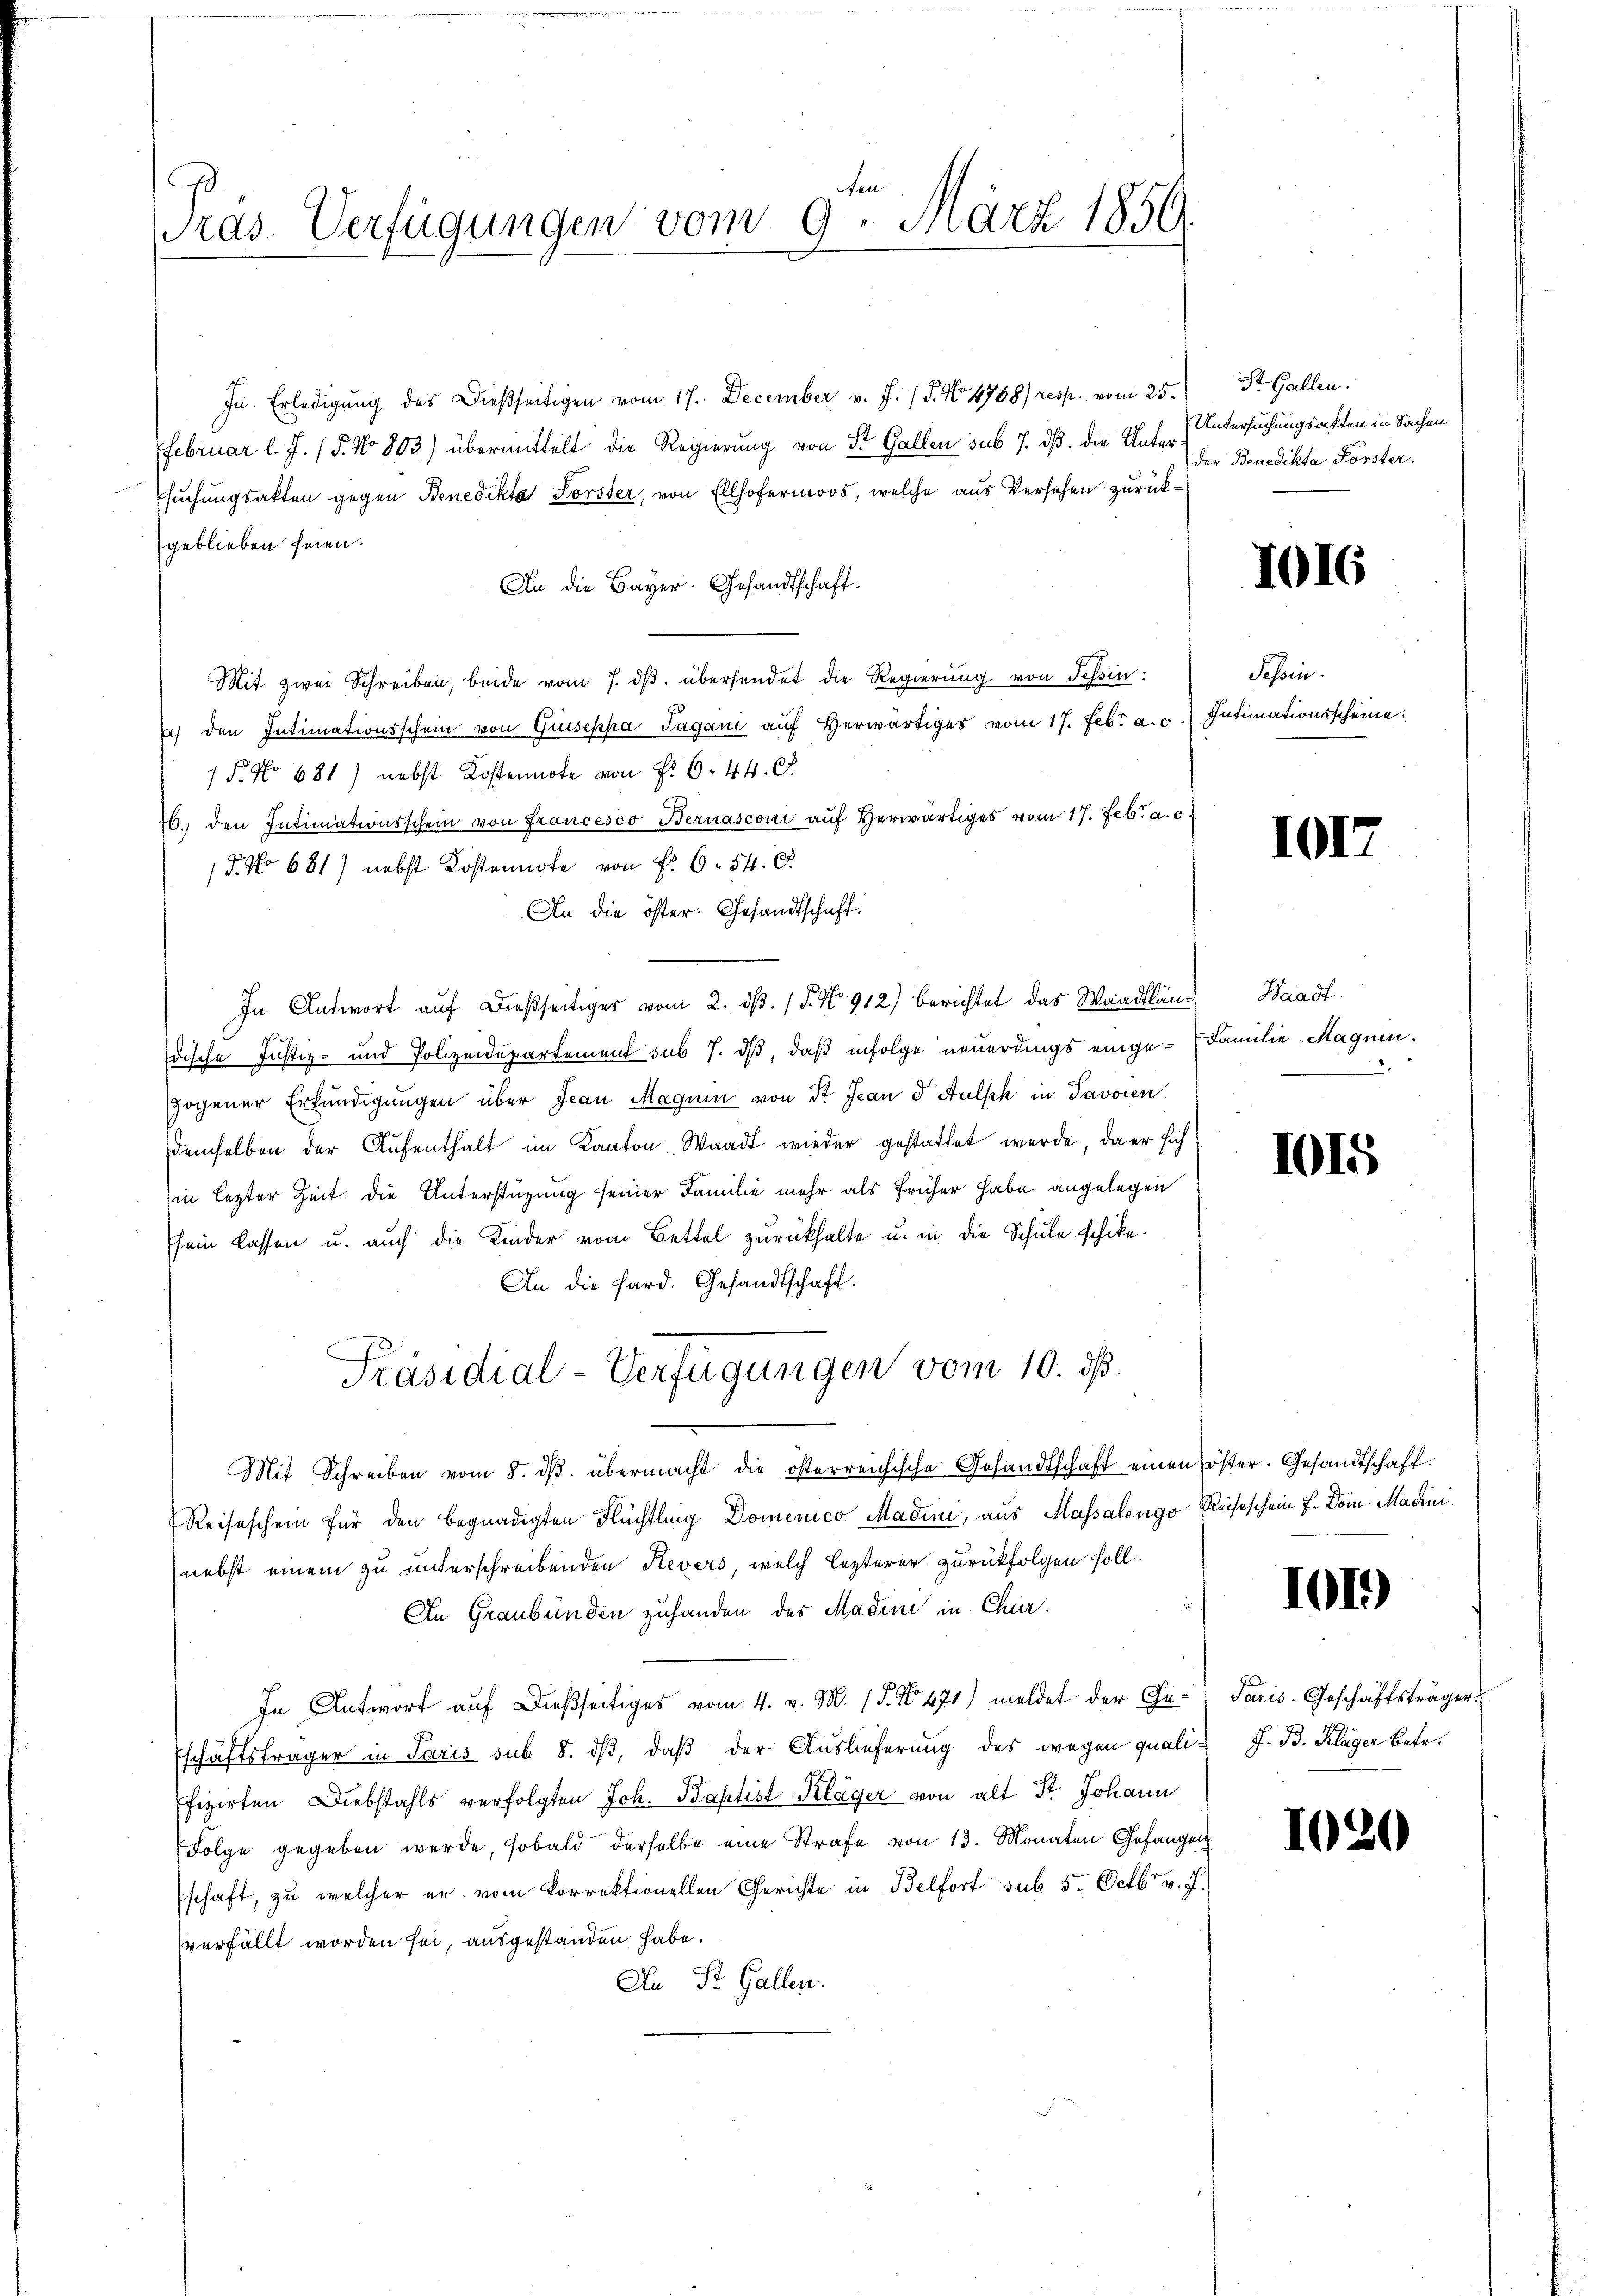
Tras. Verfügungen vom 9. März 1850.

In Erledigŭng des Dießseitigen vom 17. December v. J. (T. No 4768) resp. vom 25.
Februar l. J. / 5. No 803) übermittelt die Regierung von St. Gallen sub 7. dß. die Untersuchungsakten gegen Benedikta Forster, von Ellhofermoos, welche aus Versehen zurückgeblieben seien.
An die Bayer. Gesandtschaft.
Mit zwei Schreiben, beide vom 7. dβ übersendet die Regierung von Tessin:
su den Intimationsschein von Giuseppa Sagani auf herwärtiges vom 17. Febr. a. c. Intimationsscheine.
 P. No 681) nebst Kostennote von Fr. 6. 44. 67
26. den Intimationsschein von Francesco Bernasconi aŭf Verwärtiges vom 17. Febr. a. c.
P. No 681) nebst Kostennote von Fr. 6. 54.
An die öster. Gesandtschaft.
In Antwort auf dießseitiges vom 2. dß. / 5. No 912) berichtet das Waadtläns
dische Justiz- und Polizeidepartement sub 7. ds, daß infolge neuerdings einge-Familie Magnen.
zogener Erkŭndigŭngen über Jean Magnin von St. Jean d Hülsch in Javoien
demselben der Aufenthalt im Kanton Waadt wieder gestattet werde, da er sich
in lezter Zeit die Unterstüzung seiner Familie mehr als früher habe angelegen
sein lassen u. auch die Kinder vom Bettel zurückhalte u. in die Schule schike.
An die Sard. Gesandtschaft.
Präsidial-Verfügungen vom 10. ds.
Mit Schreiben vom 8. dβ übermacht die österreichische Gesandtschaft einen öster. Gesandtschaft.
Reiseschein für den Begnadigten Flüchtling Domenico Madini, aus Massalengo Reiseschein f. Dom. Macininebst einem zu unterschreibenden Revers, welch lezterer zurückfolgen soll.
An Graubünden zuhanden des Madini in Chur.
In Antwort auf dießseitiges vom 4. v. M. (§. No. 471) meldet der Ge¬
Eschäftsfrager in Paris sub 8. dβ, daß der Auslieferung des wegen quali J. B. Klager Betr.
ffizirten Diebstahls verfolgten Joh. Baptist Kläger von alt Dr. Johann
Folge gegeben werde, sobald derselbe eine Strafe von 13. Monaten Gefangen
schaft, zu welcher er vom Korrektionellen Gerichte in Belfort sub 5. Octbr. v. J.
verfällt worden sei, ausgestanden habe.
Au Dr. Gallen.

St. Gallen.
Untersuchungsakten in Sachen
der Benedikta Forster.

1016

Pesoin.

1017

Waadt

1015

1019

Paris Geschäftsträger

1030